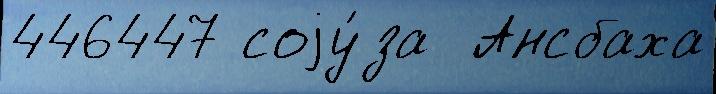
446447 соjу́за  Ансбаха